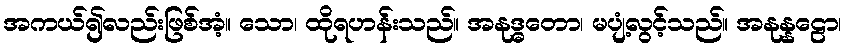
အကယ်၍လည်းဖြစ်အံ့။ သော၊ ထိုရဟန်းသည်။ အနုဒ္ဓတော၊ မပျံ့လွင့်သည်။ အနုန္နဠော၊